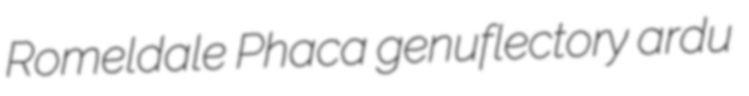
Romeldale Phaca genuflectory ardu